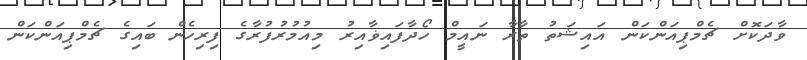
ވާދަކޮށް ޗެމްޕިއަންކަން އައިޝަތު ތާރާ ނައީމް ހޯދާފައިޥާއިރު މިއުމުރުފުރާގެ ފިރިހެން ބައިގެ ޗެމްޕިއަންކަން